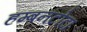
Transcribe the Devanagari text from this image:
हम्बनटोटा